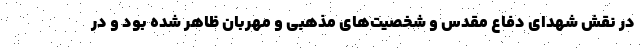
در نقش شهدای دفاع مقدس و شخصیت‌های مذهبی و مهربان ظاهر شده بود و در